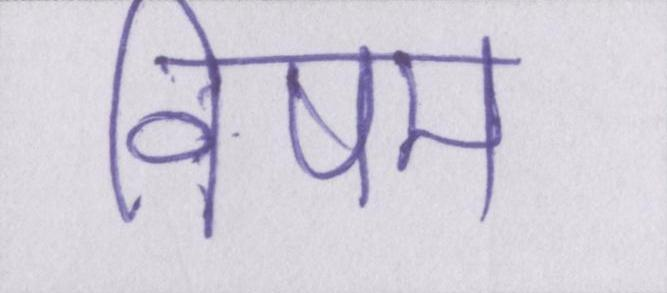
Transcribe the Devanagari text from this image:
विषम